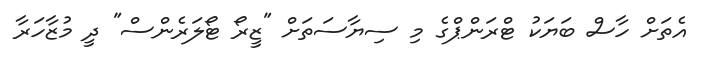
އެތަށް ހާސް ބަޔަކު ޓްރަންޕްގެ މި ސިޔާސަތަށް "ޒީރޯ ޓޯލަރެންސް" ދީ މުޒާހަރާ